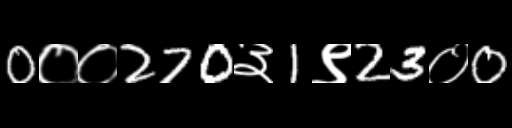
Text: 0००270३1९23०0